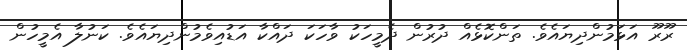
ރޫރޫ އަޅަމުންދިޔައެވެ. ތަންކޮޅެއް ދުރުން ދެމީހަކު ވާހަކަ ދައްކާ އަޑުއިވެމުންދިޔައެވެ. ކަނުލާ އެމީހުން